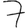
Digit: 7